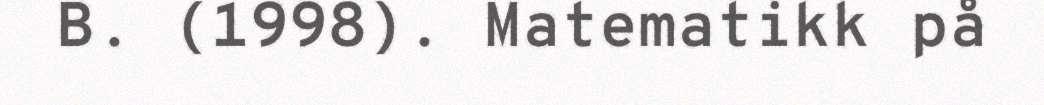
B. (1998). Matematikk på